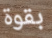
بقوة